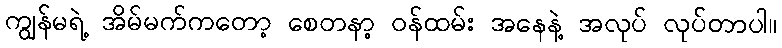
ကျွန်မရဲ့ အိမ်မက်ကတော့ စေတနာ့ ဝန်ထမ်း အနေနဲ့ အလုပ် လုပ်တာပါ။